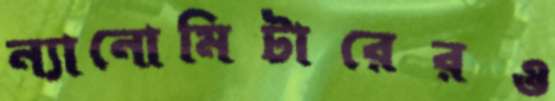
ন্যানোমিটারেরও